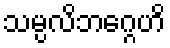
သမ္ပလိဘဂ္ဂေဟိ